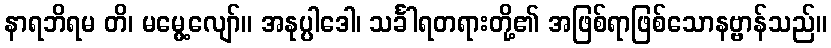
နာရဘိရမ တိ၊ မမွေ့လျော်။ အနုပ္ပါဒေါ၊ သင်္ခါရတရားတို့၏ အဖြစ်ရာဖြစ်သောနဗ္ဗာန်သည်။